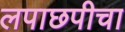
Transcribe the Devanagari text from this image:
लपाछपीचा